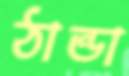
ঠান্ডা